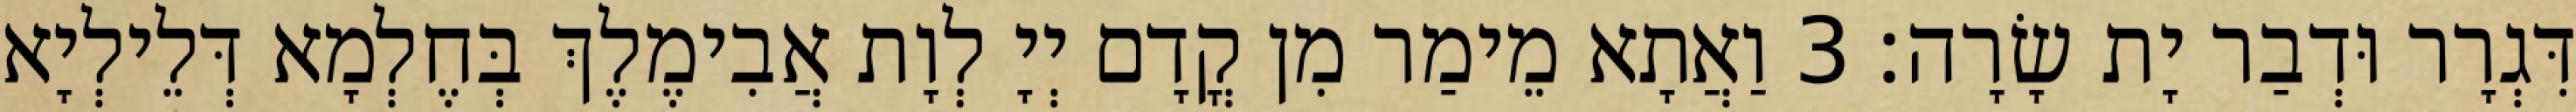
דִּגְרָר וּדְבַר יָת שָׂרָה׃ 3 וַאֲתָא מֵימַר מִן קֳדָם יְיָ לְוָת אֲבִימֶלֶךְ בְּחֶלְמָא דְּלֵילְיָא